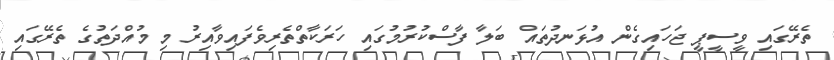
ތެރޭގައި ވީސީޕީ ޖަހައިގެން އުޅަނދުތައް ބަލާ ފާސްކުރުމުގައި ހަރަކާތްތެރިވެފައިވާއިރު މި މުއްދަތުގެ ތެރޭގައި